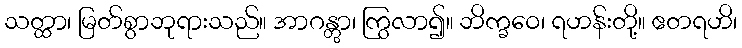
သတ္ထာ၊ မြတ်စွာဘုရားသည်။ အာဂန္တွာ၊ ကြွလာ၍။ ဘိက္ခဝေ၊ ရဟန်းတို့။ ဧတရဟိ၊